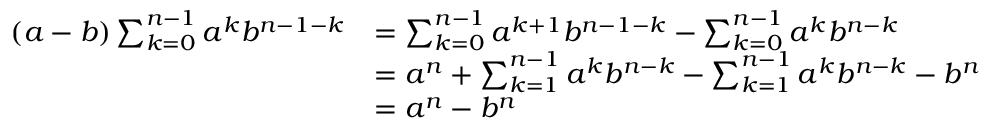
{ \begin{array} { r l } { ( a - b ) \sum _ { k = 0 } ^ { n - 1 } a ^ { k } b ^ { n - 1 - k } } & { = \sum _ { k = 0 } ^ { n - 1 } a ^ { k + 1 } b ^ { n - 1 - k } - \sum _ { k = 0 } ^ { n - 1 } a ^ { k } b ^ { n - k } } \\ & { = a ^ { n } + \sum _ { k = 1 } ^ { n - 1 } a ^ { k } b ^ { n - k } - \sum _ { k = 1 } ^ { n - 1 } a ^ { k } b ^ { n - k } - b ^ { n } } \\ & { = a ^ { n } - b ^ { n } } \end{array} }